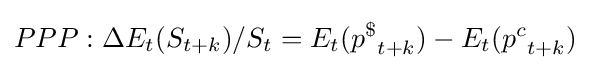
PPP:{\Delta }E_{t}(S_{t+k})/S_{t}=E_{t}({p^{\$}}_{t+k})-E_{t}({p^{c}}_{t+k})